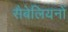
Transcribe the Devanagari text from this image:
सैबेलियनों